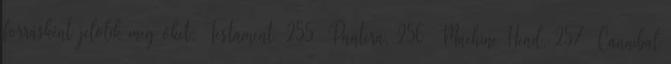
forrásként jelölik meg őket: Testament, 255 Pantera, 256 Machine Head, 257 Cannibal